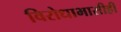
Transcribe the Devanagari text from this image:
विरोधाभासीही